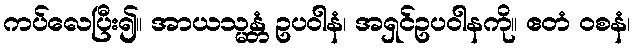
ကပ်လေပြီး၍။ အာယသ္မန္တံ ဥပဝါနံ၊ အရှင်ဥပဝါနကို။ ဧတံ ဝစနံ၊